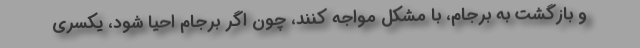
و بازگشت به برجام، با مشکل مواجه کنند، چون اگر برجام احیا شود، یکسری